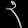
Digit: ၃